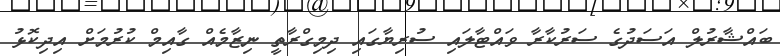
ބައްޝާރުލް އަސަދުގެ ސަރުކާރާ ވައްޓާލައި ސުރިޔާގައި ދިމިގްރާތީ ނިޒާމެއް ގާއިމް ކުރުމަށް އިދިކޮޅު